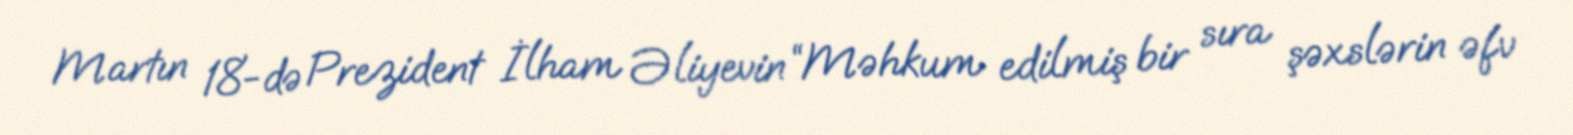
Martın 18-də Prezident İlham Əliyevin “Məhkum edilmiş bir sıra şəxslərin əfv